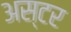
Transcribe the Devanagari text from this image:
अस्टर